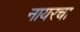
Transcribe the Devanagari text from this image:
नायरचा